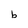
Character: b